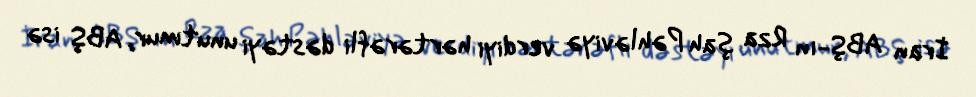
İran ABŞ-ın Rza şah Pəhləviyə verdiyi hərtərəfli dəstəyi unutmur, ABŞ isə